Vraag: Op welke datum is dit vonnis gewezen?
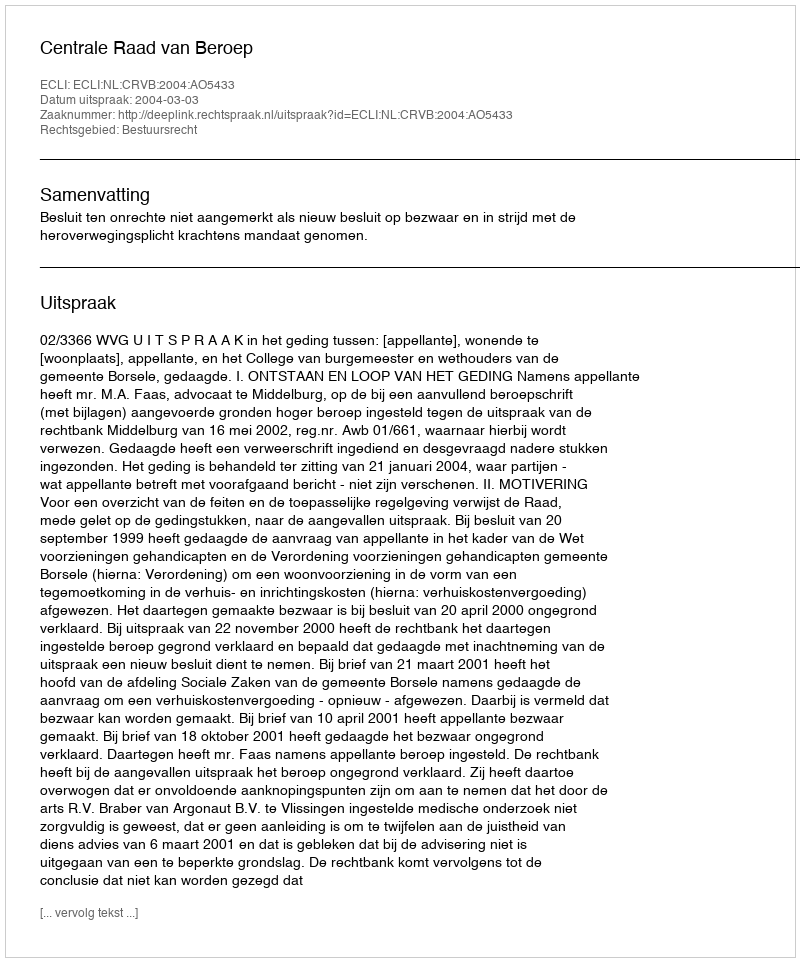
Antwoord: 2004-03-03